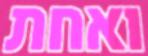
ואחת